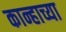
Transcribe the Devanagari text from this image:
कान्हाच्या